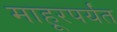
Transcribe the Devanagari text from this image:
माहूरपर्यंत